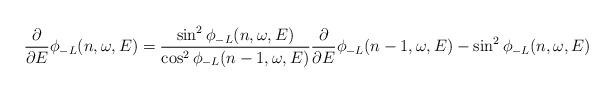
LaTeX: \begin{align*}\frac{\partial}{\partial E}\phi_{-L}(n,\omega,E)=\frac{\sin^2\phi_{-L}(n,\omega,E)}{\cos^2\phi_{-L}(n-1,\omega,E)}\frac{\partial}{\partial E}\phi_{-L}(n-1,\omega,E)-\sin^2\phi_{-L}(n,\omega, E)\end{align*}